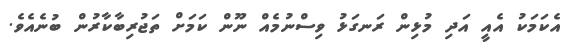
އެކަމަކު އެއީ އަދި މުޅިން ރަނގަޅު ވިސްނުމެއް ނޫން ކަމަށް ތަޖުރިބާކާރުން ބުނެއެވެ.